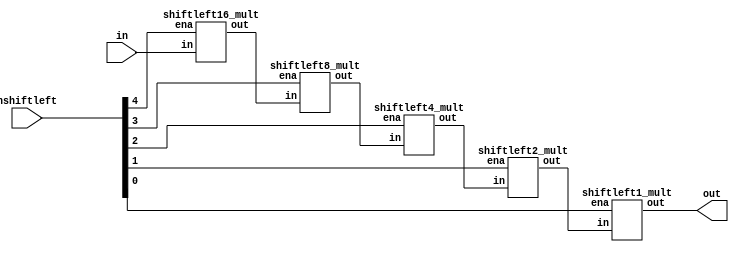
module shiftleft_mult(in, nshiftleft, out);

input	[23:0]	in;
input	[4:0]	nshiftleft;
output	[23:0]	out;

wire	[23:0]	temp1, temp2, temp3, temp4;

shiftleft16_mult shift_1(.in(in), .ena(nshiftleft[4]), .out(temp1));
shiftleft8_mult  shift_2(.in(temp1), .ena(nshiftleft[3]), .out(temp2));
shiftleft4_mult  shift_3(.in(temp2), .ena(nshiftleft[2]), .out(temp3));
shiftleft2_mult  shift_4(.in(temp3), .ena(nshiftleft[1]), .out(temp4));
shiftleft1_mult  shift_5(.in(temp4), .ena(nshiftleft[0]), .out(out));

endmodule

//////////////////////////////////////////////////////////////////////////

module	shiftleft16_mult(in, ena, out);

input	[23:0]	in;
input			ena;
output	[23:0]	out;

assign out = ena?{in[8:0],16'b0}:in;
endmodule

//////////////////////////////////////////////////////////////////////////

module	shiftleft8_mult(in, ena, out);

input	[23:0]	in;
input			ena;
output	[23:0]	out;

assign out = ena?{in[16:0],8'b0}:in;
endmodule

//////////////////////////////////////////////////////////////////////////

module	shiftleft4_mult(in, ena, out);

input	[23:0]	in;
input			ena;
output	[23:0]	out;

assign out = ena?{in[20:0],4'b0}:in;
endmodule

//////////////////////////////////////////////////////////////////////////

module	shiftleft2_mult(in, ena, out);

input	[23:0]	in;
input			ena;
output	[23:0]	out;

assign out = ena?{in[22:0],2'b0}:in;
endmodule

//////////////////////////////////////////////////////////////////////////

module	shiftleft1_mult(in, ena, out);

input	[23:0]	in;
input			ena;
output	[23:0]	out;

assign out = ena?{in[23:0],1'b0}:in;
endmodule